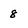
Character: 8